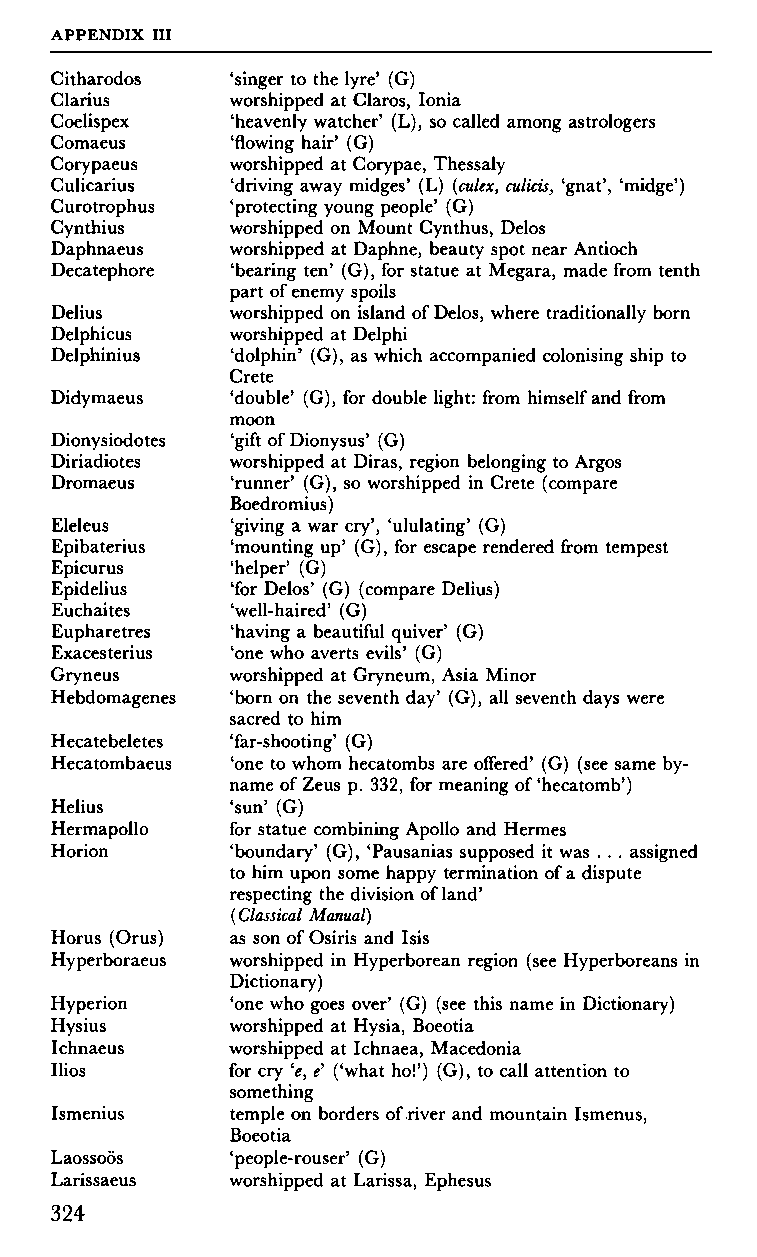
APPENDIX III
 Citharodos  'singer to the lyre' (G)
 Clarius     worshipped at Claros, Ionia
 Coelispex   'heavenly watcher' (L), so called among astrologers
 Comaeus     'flowing hair' (G)
 worshipped at Corypae, Thessaly
 Corypaeus
 'driving away midges' (L) (culex, culicis, 'gnat', 'midge')
 Culicarius
 'protecting young people' (G)
 Curotrophus
 worshipped on Mount Cynthus, Delos
 Cynthius
 worshipped at Daphne, beauty spot near Antioch
 Daphnaeus   'bearing ten' (G), for statue at Megara, made from tenth
 Decatephore part of enemy spoils
 Delius      worshipped on island of Delos, where traditionally born
 Delphicus   worshipped at Delphi
 Delphinius  'dolphin' (G), as which accompanied colonising ship to
 Crete
 Didymaeus   'double' (G), for double light: from himself and from
 moon
 Dionysiodotes 'gift of Dionysus' (G)
 Diriadiotes worshipped at Diras, region belonging to Argos
 Dromaeus    'runner' (G), so worshipped in Crete (compare
 Boedromius)
 Eleleus     'giving a war cry', 'ululating' (G)
 Epibaterius 'mounting up' (G), for escape rendered from tempest
 Epicurus    'helper' (G)
 Epidelius   'for Delos' (G) (compare Delius)
 'well-haired' (G)
 Euchaites
 'having a beautiful quiver' (G)
 Eupharetres
 'one who averts evils' (G)
 Exacesterius
 worshipped at Gryneum, Asia Minor
 Gryneus
 'born on the seventh day' (G), all seventh days were
 Hebdomagenes sacred to him
 Hecatebeletes 'far-shooting' (G)
 Hecatombaeus 'one to whom hecatombs are offered' (G) (see same by
 name of Zeus p. 332, for meaning of 'hecatomb')
 Helius      'sun' (G)
 Hermapollo  for statue combining Apollo and Hermes
 Horion      'boundary' (G), 'Pausanias supposed it was . . . assigned
 to him upon some happy termination of a dispute
 respecting the division of land'
 (Classical Manual)
 Horus (Orus) as son of Osiris and Isis
 Hyperboraeus worshipped in Hyperborean region (see Hyperboreans in
 Dictionary)
 Hyperion    'one who goes over' (G) (see this name in Dictionary)
 Hysius      worshipped at Hysia, Boeotia
 Ichnaeus    worshipped at Ichnaea, Macedonia
 Ilios       for cry 'e, e' ('what ho!') (G), to call attention to
 something
 Ismenius    temple on borders of river and mountain Ismenus,
 Boeotia
 Laossoös    'people-rouser' (G)
 Larissaeus  worshipped at Larissa, Ephesus